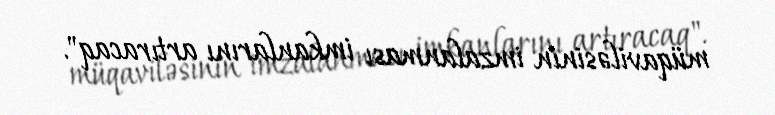
müqaviləsinin imzalanması imkanlarını artıracaq".